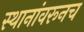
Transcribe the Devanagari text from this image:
स्थानांवरूनच